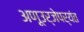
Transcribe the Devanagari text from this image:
अणूउर्जेपर्यंत